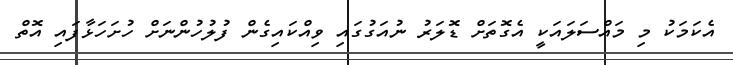
އެކަމަކު މި މައްސަލައަކީ އެގޮތަށް ޑޮލަރު ނުއަގުގައި ވިއްކައިގެން ފުލުހުންނަށް ހުށަހަޅާފައި އޮތް